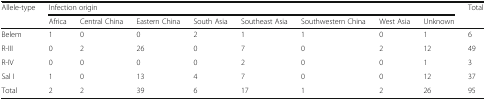
<table><thead><tr><td rowspan="2"><b>Allele-type</b></td><td colspan="8"><b>Infection origin</b></td><td><b>Total</b></td></tr><tr><td><b>Africa</b></td><td><b>Central China</b></td><td><b>Eastern China</b></td><td><b>South Asia</b></td><td><b>Southeast Asia</b></td><td><b>Southwestern China</b></td><td><b>West Asia</b></td><td><b>Unknown</b></td><td></td></tr></thead><tbody><tr><td>Belem</td><td>1</td><td>0</td><td>0</td><td>2</td><td>1</td><td>1</td><td>0</td><td>1</td><td>6</td></tr><tr><td>R-III</td><td>0</td><td>2</td><td>26</td><td>0</td><td>7</td><td>0</td><td>2</td><td>12</td><td>49</td></tr><tr><td>R-IV</td><td>0</td><td>0</td><td>0</td><td>0</td><td>2</td><td>0</td><td>0</td><td>1</td><td>3</td></tr><tr><td>Sal I</td><td>1</td><td>0</td><td>13</td><td>4</td><td>7</td><td>0</td><td>0</td><td>12</td><td>37</td></tr><tr><td>Total</td><td>2</td><td>2</td><td>39</td><td>6</td><td>17</td><td>1</td><td>2</td><td>26</td><td>95</td></tr></tbody></table>